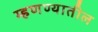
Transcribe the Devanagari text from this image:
म्हणण्यातील